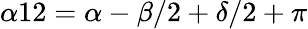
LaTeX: \alpha{12}=\alpha-\beta/2+\delta/2+\pi